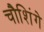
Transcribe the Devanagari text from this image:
चौशिंगे